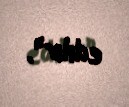
edilir”.